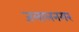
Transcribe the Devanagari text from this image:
जलालनगर